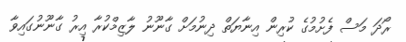
ރޯދަ މަސް ފެށުމުގެ ކުރިން އިނާޔަތް ދިނުމަށް ގާނޫނު ލާޒިމްކުރާ އިރު ގާނޫނުގައިވާ